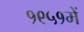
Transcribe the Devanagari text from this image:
१९५१में